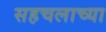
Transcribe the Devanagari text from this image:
सहचलाच्या